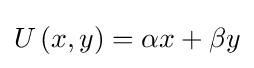
U\left(x,y\right)=\alpha x+\beta y